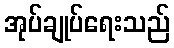
အုပ်ချုပ်ရေးသည်